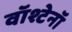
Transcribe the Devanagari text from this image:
वॉश्टेनॉ